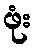
ဖုံး